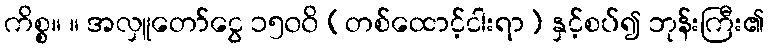
ကိစ္စ။ ။ အလှူတော်ငွေ ၁၅၀၀ိ (တစ်ထောင့်ငါးရာ) နှင့်စပ်၍ ဘုန်းကြီး၏